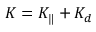
{ \cal K } = { \cal K } _ { \| } + { \cal K } _ { d }